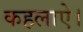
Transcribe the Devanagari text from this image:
कहलाऐ।